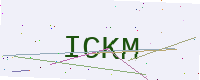
Text: ICKM